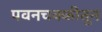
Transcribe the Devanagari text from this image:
पवनचक्कीतून